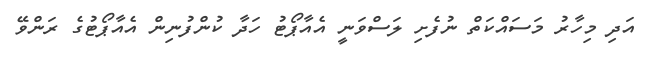
އަދި މިހާރު މަސައްކަތް ނުފެށި ލަސްވަނީ އެއާޕޯޓު ހަދާ ކުންފުނިން އެއާޕޯޓުގެ ރަންވޭ